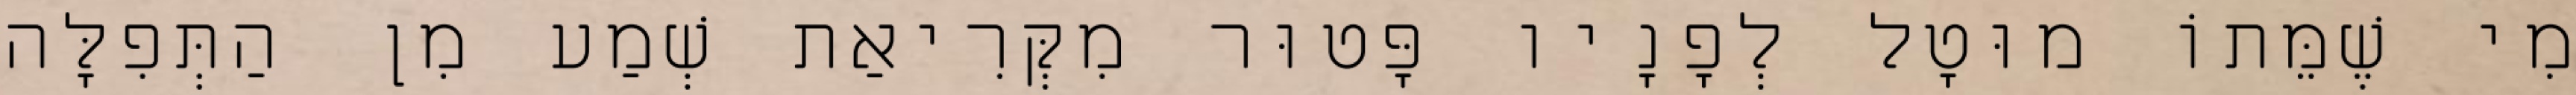
מִי שֶׁמֵּתוֹ מוּטָל לְפָנָיו פָּטוּר מִקְּרִיאַת שְׁמַע מִן הַתְּפִלָּה